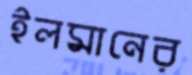
ইলমানের